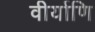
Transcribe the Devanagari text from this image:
वीर्याणि